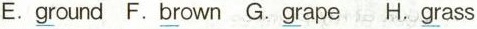
E.\underline{gr}ound F.\underline{br}own G. \underline{gr}ape H. \underline{gr}ass